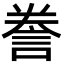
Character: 誊